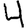
Digit: 4